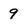
Character: 9